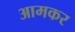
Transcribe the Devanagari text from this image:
आमकर